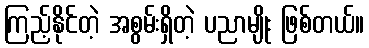
ကြည့်နိုင်တဲ့ အစွမ်းရှိတဲ့ ပညာမျိုး ဖြစ်တယ်။